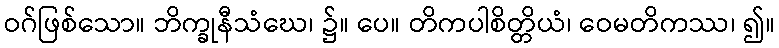
ဝဂ်ဖြစ်သော။ ဘိက္ခုနီသံဃေ၊ ၌။ ပေ။ တိကပါစိတ္တိယံ၊ ဝေမတိကဿ၊ ၍။